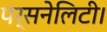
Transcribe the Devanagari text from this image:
पर्सनेलिटी।